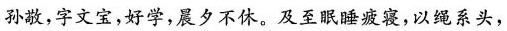
孙敬，字文宝，好学，晨夕不休。及至眠睡疲寝，以绳系头，